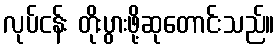
လုပ်ငန်း တိုးပွားဖို့ဆုတောင်းသည်။